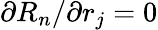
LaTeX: {\partial R_{n}}/{\partial r_{j}}=0